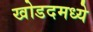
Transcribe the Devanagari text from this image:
खोडदमध्ये